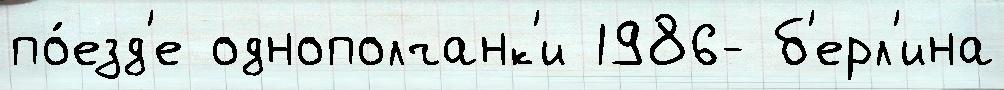
по́езд'е однополчанк'и 1986- б'ерл'ина